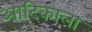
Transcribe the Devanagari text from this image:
आदिकाला